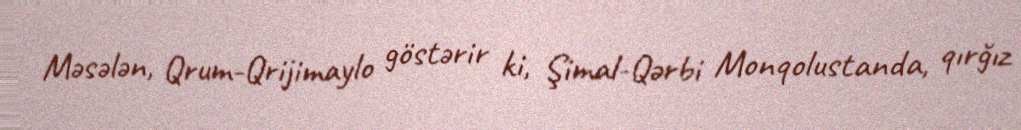
Məsələn, Qrum-Qrijimaylo göstərir ki, Şimal-Qərbi Monqolustanda, qırğız